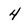
Character: 4